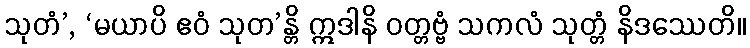
သုတံ’, ‘မယာပိ ဧဝံ သုတ’န္တိ ဣဒါနိ ဝတ္တဗ္ဗံ သကလံ သုတ္တံ နိဒဿေတိ။